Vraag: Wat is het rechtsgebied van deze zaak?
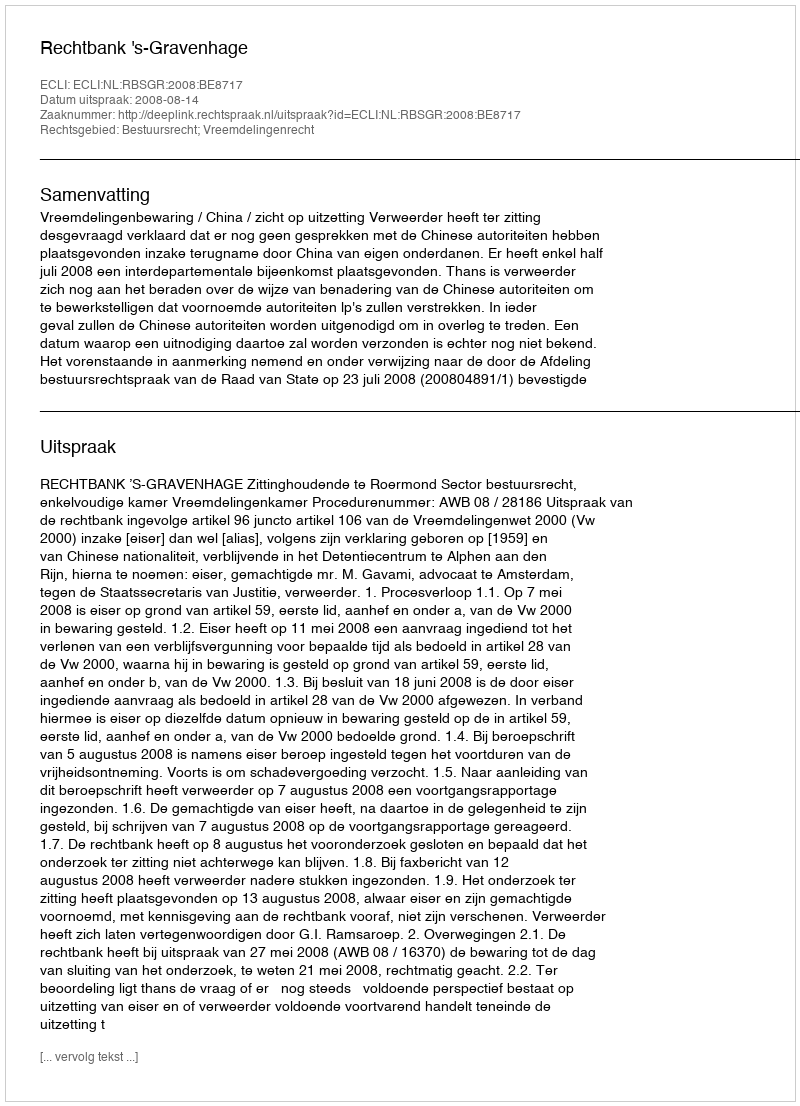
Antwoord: Bestuursrecht; Vreemdelingenrecht